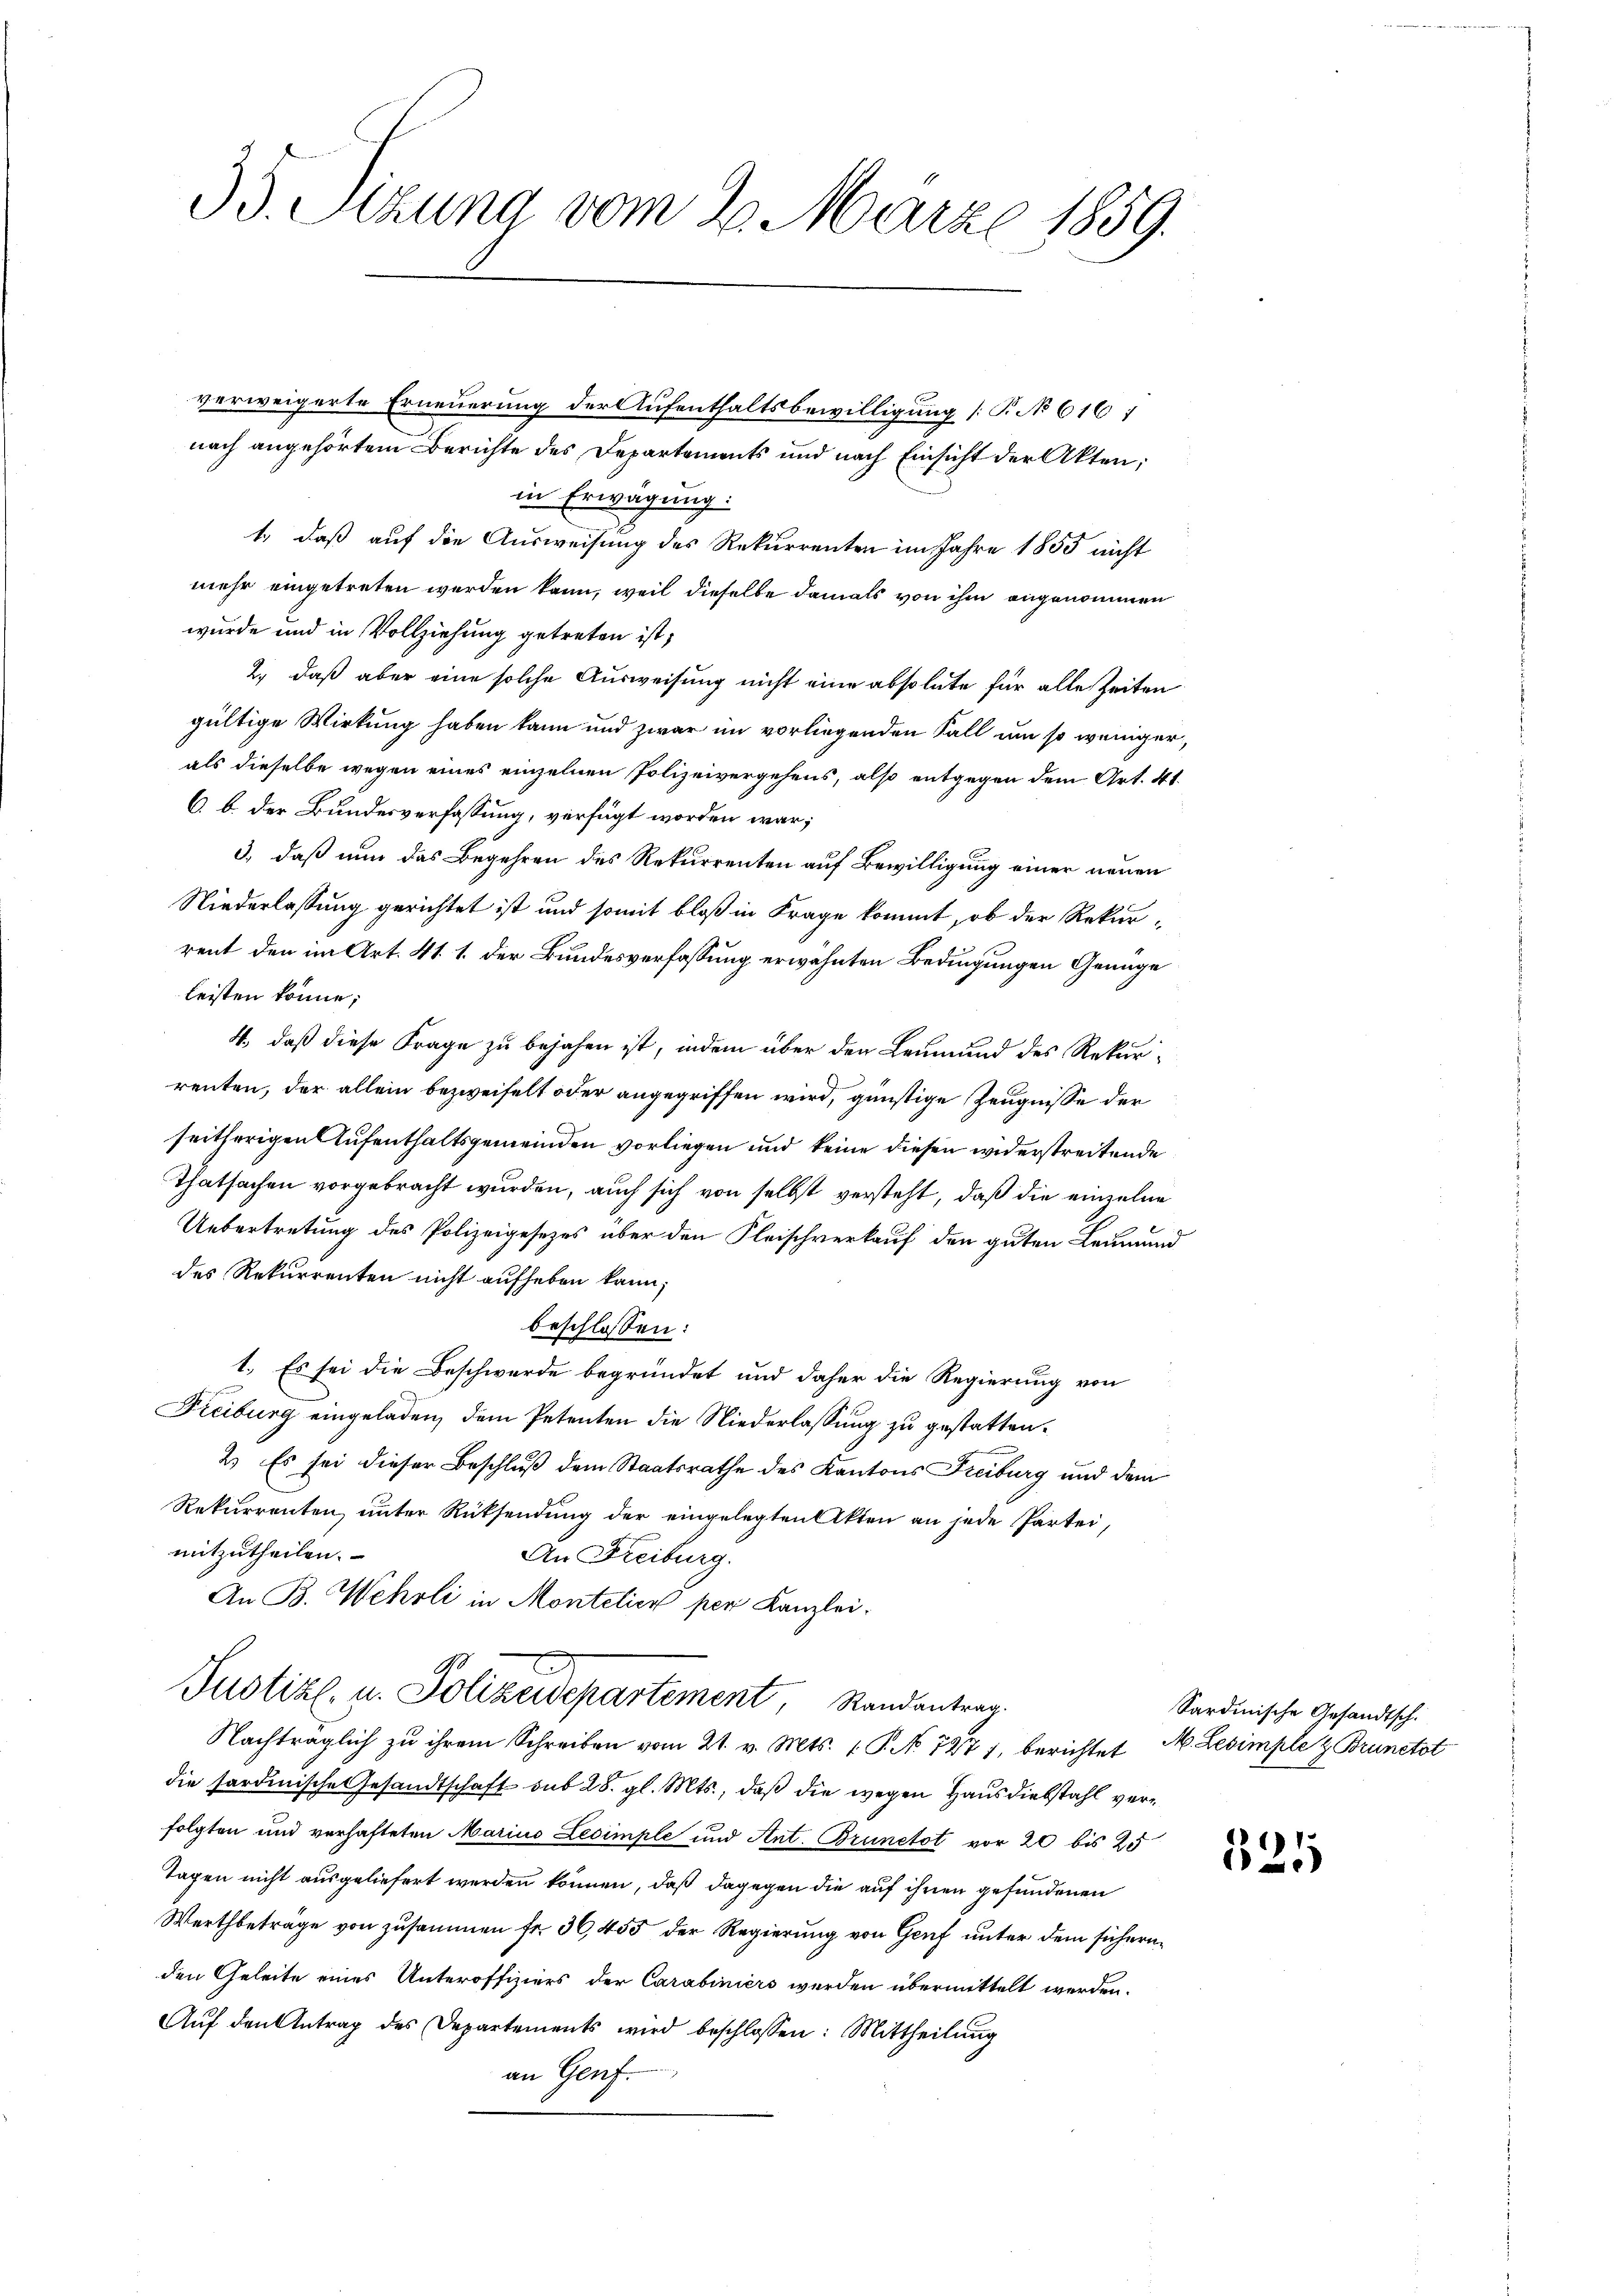
35. Sizung vom 2. März 1859.

in Erwägung:
1., daß auf die Ausweisung des Rekurrenten im Jahre 1855 nicht
mehr eingetreten werden kann, weil dieselbe damals von ihm angenommen
wurde und in Vollziehung getreten ist,
2., daß aber eine solche Ausweisung nicht eine absolute für alle Zeiten
gültige Wirkung haben kann und zwar im vorliegenden Fall um so weniger,
als dieselbe wegen eines einzelnen Polizeivergehens, also entgegen dem Art. 41.
C. b. der Bundesverfassung, verfügt worden war;
3., daß nun das Begehren des Rekurrenten auf Bewilligung einer neuen
Niederlassung gerichtet ist und somit bloß in Frage kommt, ob der Rekurrent den im Art. 41. 1. der Bundesverfassung erwähnten Bedingungen Genüge
leisten könne;
4., daß diese Frage zu bejahen ist, indem über den Leumund des Rekurrenten, der allein bezweifelt oder angegriffen wird, günstige Zeugnisse der
seitherigen Aufenthaltsgemeinden vorliegen und keine diesen widerstreitende
Thatsachen vorgebracht wurden, auch sich von selbst versteht, daß die einzelne
Uebertretung des Polizeigesezes über den Fleischverkauf den guten Leumund
des Rekurrenten nicht aufheben kann;
beschlossen:
1. Es sei die Beschwerde begründet und daher die Regierung von
Freiburg eingeladen, dem Petenten die Niederlassung zu gestatten.
2.) Es sei dieser Beschluß dem Staatsrathe des Kantons Freiburg und dem
Rekurrenten, unter Rücksendung der eingelegten Akten an jede Partei,
mitzutheilen.
An Freiburg.
An B. Wehrli in Montelier per Kanzlei.
Justiz u. Polizeidepartement, Randantrag.
Nachträglich zu ihrem Schreiben vom 21. v. Mts. 1. P. Nr. 7277, berichtet M. Lesimple & Brunetst
die sardinische Gesandtschaft sub 28. gl. Mts., daß die wegen Hausdiebstahl verfolgten und verhafteten Marius Lesimple und Ant. Brunetot vor 20 bis 25
Tagen nicht ausgeliefert werden können, daß dagegen die auf ihnen gefundenen
Wertbeträge von zusammen fr. 36, 455 der Regierung von Genf unter dem sichern
den Geleite eines Unteroffiziers der Carabiniers werden übermittelt werden.
Aŭf den Antrag des Departements wird beschlossen: Mittheilŭng
an Genf.

verweigerte Erneuerung der Aufenthaltsbewilligung [P. No 616 1
nach angehörtem Berichte des Departements und nach Einsicht der Akten;

525

Sardinische Gesandtsch.